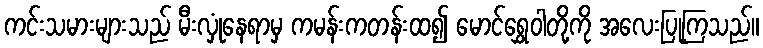
ကင်းသမားများသည် မီးလှုံနေရာမှ ကမန်းကတန်းထ၍ မောင်ရွှေဝါတို့ကို အလေးပြုကြသည်။